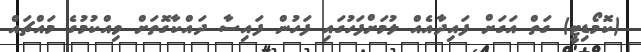
(ކޮމޯޑިޓީ) ގަތް އަގަށް ފައިދާއެއް ލުމަށްފަހުގައި ފަހުން ފައިސާ ދައްކާގޮތަށް ވިއްކުމުގެ މައްޗައް